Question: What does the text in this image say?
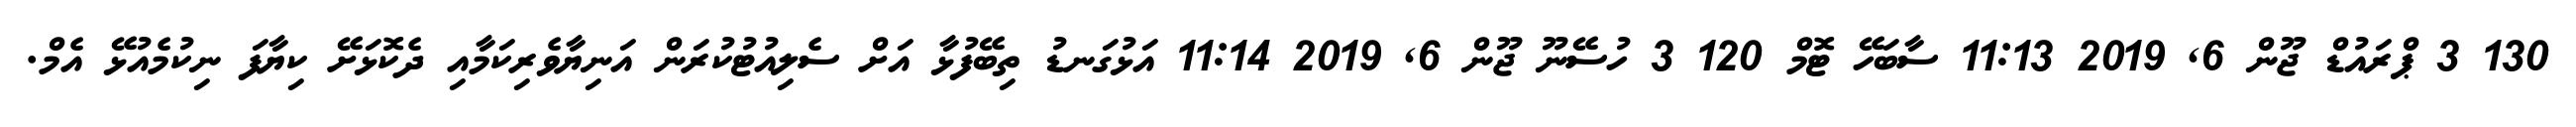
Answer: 130 3 ޕްރައުޑް ޖޫން 6, 2019 11:13 ސާބަހޭ ޓޮމް 120 3 ހުސޭނޫ ޖޫން 6, 2019 11:14 އަޅުގަނޑު ތިބޭފުޅާ އަށް ސެލިއުޓުކުރަން އަނިޔާވެރިކަމާއި ދެކޮޅަށޭ ކިޔާފަ ނިކުމެއުޅޭ އެމް.